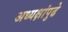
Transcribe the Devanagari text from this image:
अध्यक्षांपुढे